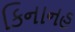
કિનાનહ